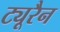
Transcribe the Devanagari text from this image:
ट्यूरैन